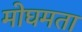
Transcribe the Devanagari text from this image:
मोघमता